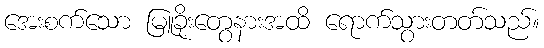
အေးစက်သော မြူခိုးတွေနားအထိ ရောက်သွားတတ်သည်။